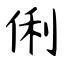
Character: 俐